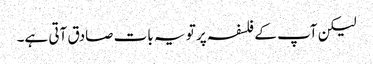
لیکن آپ کے فلسفہ پر تو یہ بات صادق آتی ہے۔